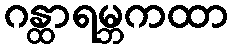
ဂန္ထာရမ္ဘကထာ